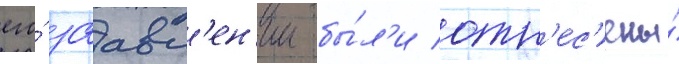
его́ заавл'ен'ии бы́л'и отн'ес'ены́